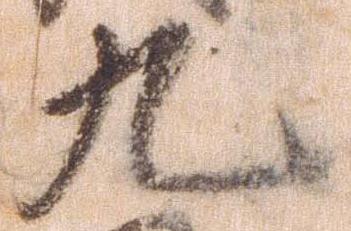
九